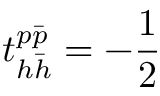
t _ { h \bar { h } } ^ { p \bar { p } } = - \frac { 1 } { 2 }